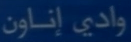
واديًإناثون